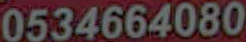
0534664080